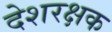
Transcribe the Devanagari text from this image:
देशरक्षक